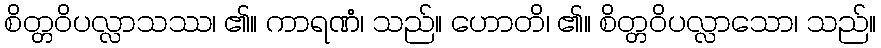
စိတ္တဝိပလ္လာသဿ၊ ၏။ ကာရဏံ၊ သည်။ ဟောတိ၊ ၏။ စိတ္တဝိပလ္လာသော၊ သည်။